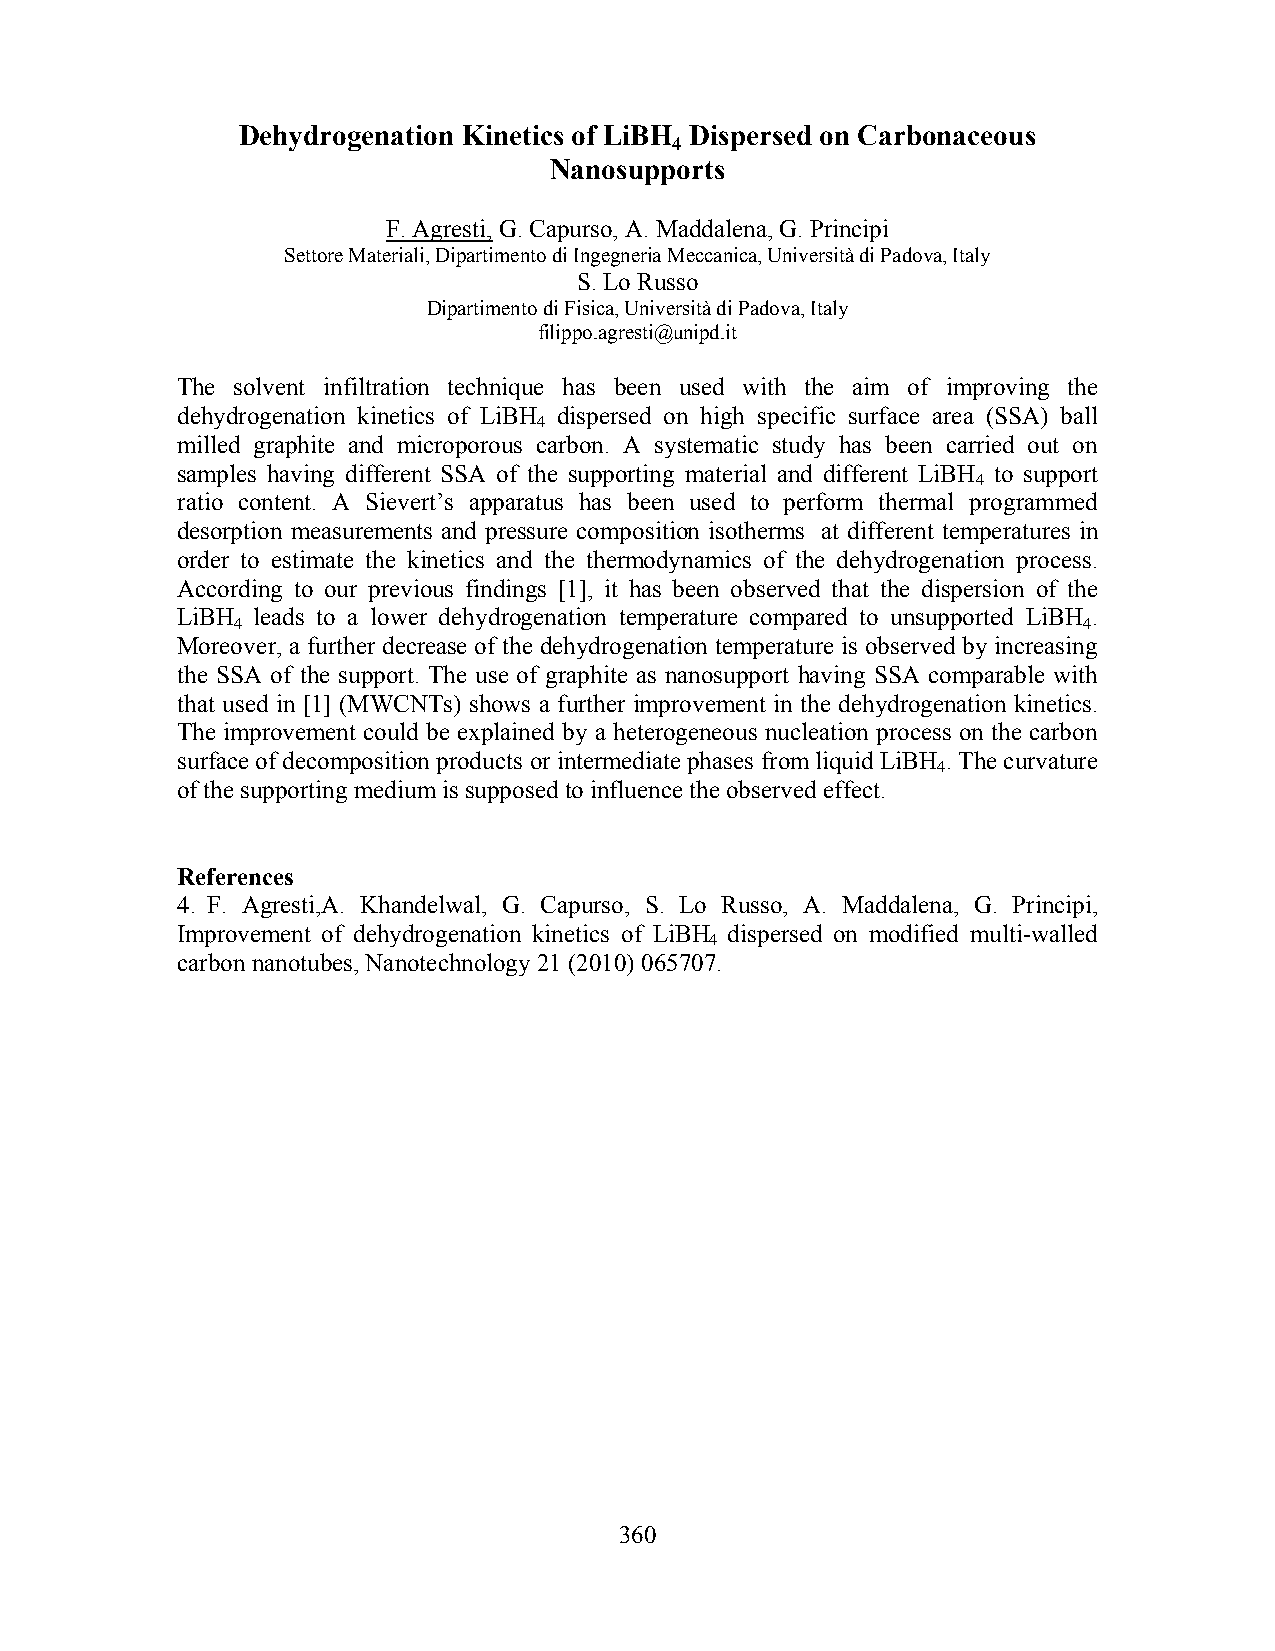
Dehydrogenation Kinetics of LiBH Dispersed on Carbonaceous
 4
 Nanosupports
 F. Agresti, G. Capurso, A. Maddalena, G. Principi
 Settore Materiali, Dipartimento di Ingegneria Meccanica, Università di Padova, Italy
 S. Lo Russo
 Dipartimento di Fisica, Università di Padova, Italy
 filippo.agresti@unipd.it
 The solvent infiltration technique has been used with the aim of improving the
 dehydrogenation kinetics of LiBH dispersed on high specific surface area (SSA) ball
 4
 milled graphite and microporous carbon. A systematic study has been carried out on
 samples having different SSA of the supporting material and different LiBH to support
 4
 ratio content. A Sievert’s apparatus has been used to perform thermal programmed
 desorption measurements and pressure composition isotherms at different temperatures in
 order to estimate the kinetics and the thermodynamics of the dehydrogenation process.
 According to our previous findings [1], it has been observed that the dispersion of the
 LiBH leads to a lower dehydrogenation temperature compared to unsupported LiBH .
 4                                                       4
 Moreover, a further decrease of the dehydrogenation temperature is observed by increasing
 the SSA of the support. The use of graphite as nanosupport having SSA comparable with
 that used in [1] (MWCNTs) shows a further improvement in the dehydrogenation kinetics.
 The improvement could be explained by a heterogeneous nucleation process on the carbon
 surface of decomposition products or intermediate phases from liquid LiBH . The curvature
 4
 of the supporting medium is supposed to influence the observed effect.
 References
 4. F. Agresti,A. Khandelwal, G. Capurso, S. Lo Russo, A. Maddalena, G. Principi,
 Improvement of dehydrogenation kinetics of LiBH dispersed on modified multi-walled
 4
 carbon nanotubes, Nanotechnology 21 (2010) 065707.
 360